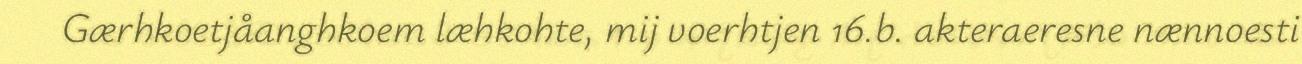
Gærhkoetjåanghkoem læhkohte, mij voerhtjen 16.b. akteraeresne nænnoesti